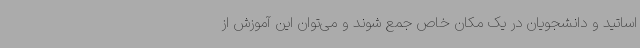
اساتید و دانشجویان در یک مکان خاص جمع شوند و می‌توان این آموزش از